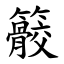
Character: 䉰